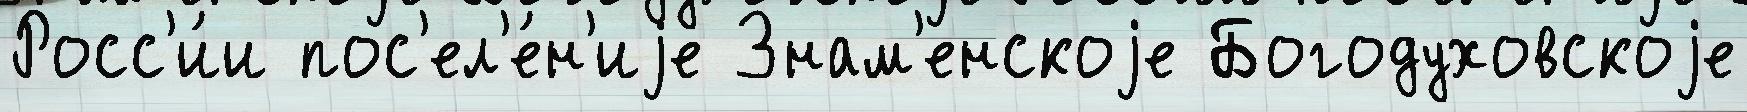
Росс'и́и пос'ел'е́н'иjе Знам'енскоjе Богодуховскоjе